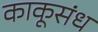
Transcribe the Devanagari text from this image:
काकूसंध